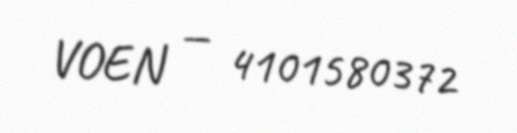
VOEN — 4101580372